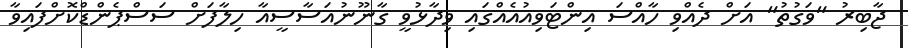
ޖާބިރު "ވަގުތު" އަށް ދެއްވި ހާއްސަ އިންޓަވިއުއެއްގައި ވިދާޅުވީ ގާނޫނުއަސާސީއާ ހިލާފަށް ސަސްޕެންޑްކޮށްފައިވާ